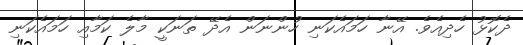
ދެކޮޅު ހެދިއެވެ. އޭނާ ހަމައެކަނި ހުންނަން އެދޭ ތަނަކީ މާލެ ކަމާއި ހަމައެކަނި